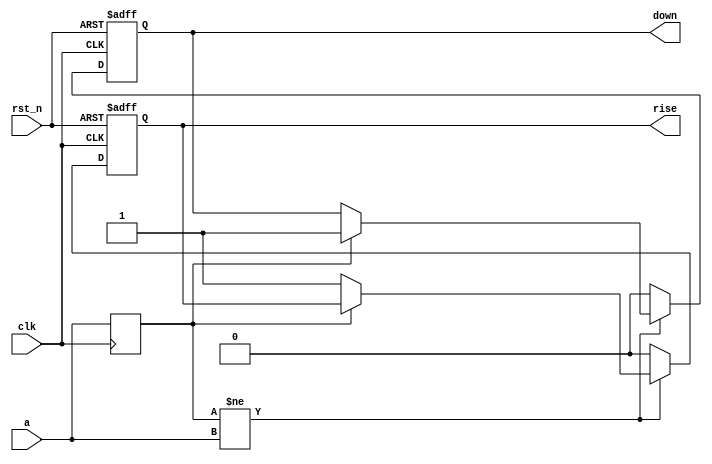
// ======================================================================
// Affiliation:			Tsinghua Univ
// Module Name:			edge_detect
// Description:			edge detect
// Additional Comments:	VL24 on nowcoder
// ======================================================================

`timescale 1ns/1ns

module edge_detect (
	input	wire				rst_n,
	input	wire				clk,
	input	wire				a,
	output	wire				rise,
	output	wire				down
);

reg					rise_reg;
reg					down_reg;
reg					a_sync;

assign	rise  =  rise_reg;
assign	down  =  down_reg;

always @(posedge clk) begin
	a_sync <= a;
end

always @(posedge clk or negedge rst_n) begin
	if (~rst_n) begin
		rise_reg <= 1'b0;
		down_reg <= 1'b0;
	end
	else begin
		if (a_sync != a) begin
			if (a_sync == 1'b0) begin
				rise_reg <= 1'b1;
			end
			else begin
				down_reg <= 1'b1;
			end
		end
		else begin
			rise_reg <= 1'b0;
			down_reg <= 1'b0;
		end
	end
end

endmodule